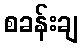
စခန်းချ